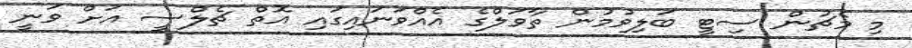
މި މެޗުން ސިޓީ ބަލިވުމުން ތާވަލްގެ އެއްވަނައިގައި އޮތް ޗެލްސީ އަށް ވަނީ